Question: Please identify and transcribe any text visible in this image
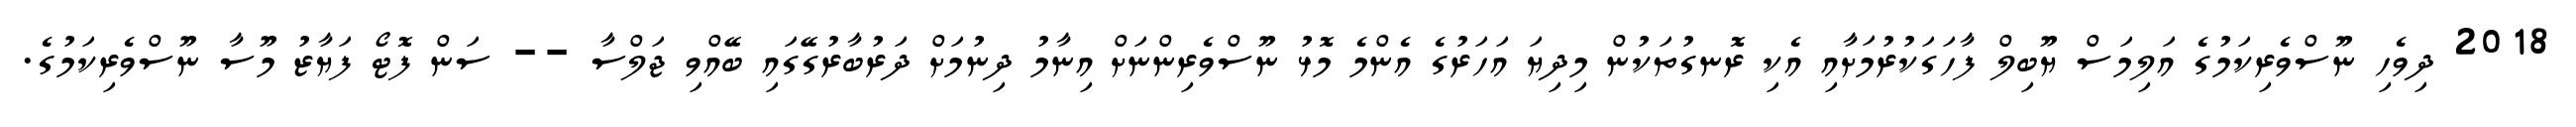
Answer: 2018 ދިވެހި ނޫސްވެރިކަމުގެ އަލިމަސް ޔޫބިލް ފާހަގަކުރުމަށާއި އެކި ރޮނގުތަކުން މިދިޔަ އަހަރުގެ އެންމެ މޮޅު ނޫސްވެރިންނަށް އިނާމު ދިނުމަށް ދަރުބާރުގޭގައި ބޭއްވި ޖަލްސާ -- ސަން ފޮޓޯ ފަޔާޒު މޫސާ ނޫސްވެރިކަމުގެ.